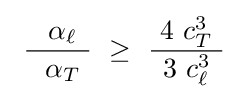
\ {\frac {~\ \alpha _{\ell }\ }{~\ \alpha _{T}\ }}~\geq ~{\frac {~4\ c_{T}^{3}\ }{~3\ c_{\ell }^{3}\ }}\